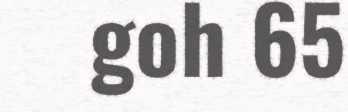
goh 65